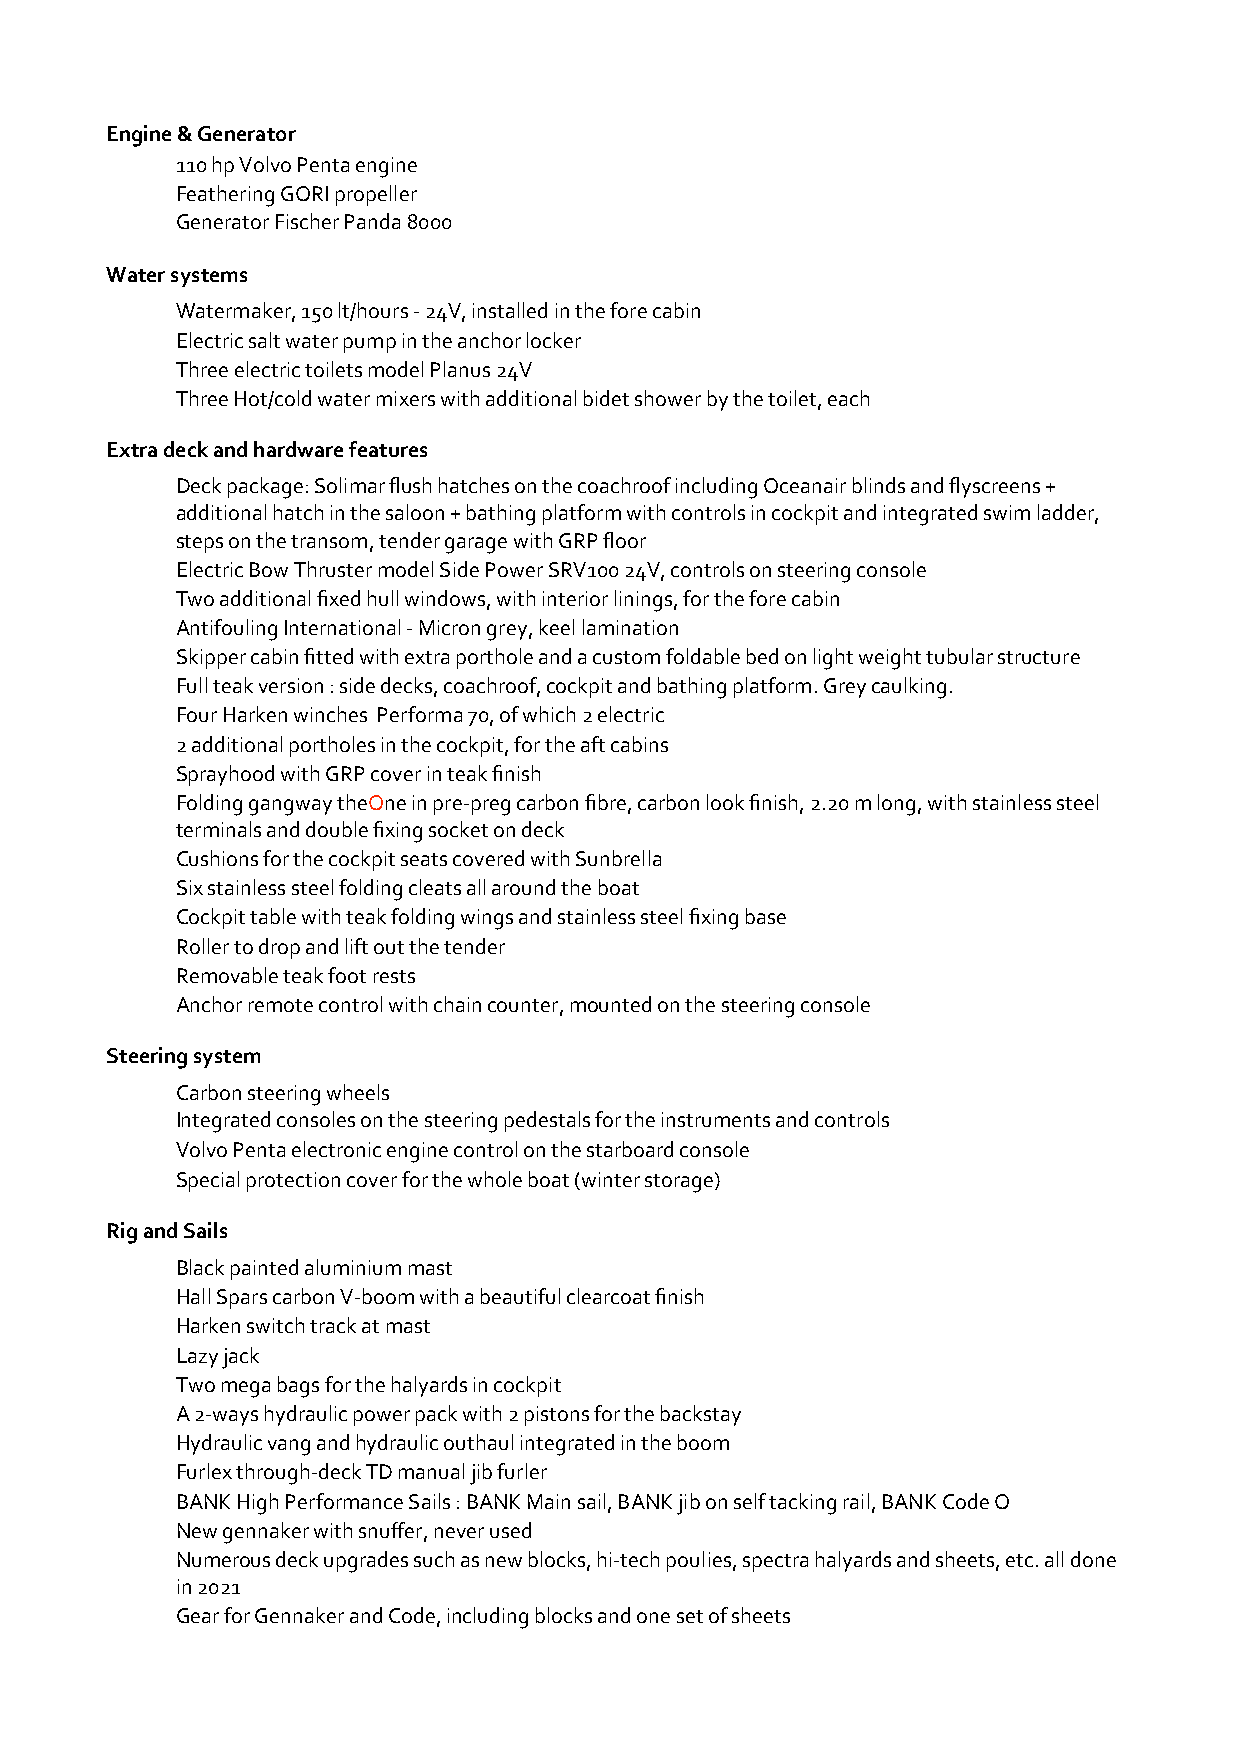
Engine & Generator
 110 hp Volvo Penta engine
 Feathering GORI propeller
 Generator Fischer Panda 8000
 Water systems
 Watermaker, 150 lt/hours - 24V, installed in the fore cabin
 Electric salt water pump in the anchor locker
 Three electric toilets model Planus 24V
 Three Hot/cold water mixers with additional bidet shower by the toilet, each
 Extra deck and hardware features
 Deck package: Solimar flush hatches on the coachroof including Oceanair blinds and flyscreens +
 additional hatch in the saloon + bathing platform with controls in cockpit and integrated swim ladder,
 steps on the transom, tender garage with GRP floor
 Electric Bow Thruster model Side Power SRV100 24V, controls on steering console
 Two additional fixed hull windows, with interior linings, for the fore cabin
 Antifouling International - Micron grey, keel lamination
 Skipper cabin fitted with extra porthole and a custom foldable bed on light weight tubular structure
 Full teak version : side decks, coachroof, cockpit and bathing platform. Grey caulking.
 Four Harken winches Performa 70, of which 2 electric
 2 additional portholes in the cockpit, for the aft cabins
 Sprayhood with GRP cover in teak finish
 Folding gangway theOne in pre-preg carbon fibre, carbon look finish, 2.20 m long, with stainless steel
 terminals and double fixing socket on deck
 Cushions for the cockpit seats covered with Sunbrella
 Six stainless steel folding cleats all around the boat
 Cockpit table with teak folding wings and stainless steel fixing base
 Roller to drop and lift out the tender
 Removable teak foot rests
 Anchor remote control with chain counter, mounted on the steering console
 Steering system
 Carbon steering wheels
 Integrated consoles on the steering pedestals for the instruments and controls
 Volvo Penta electronic engine control on the starboard console
 Special protection cover for the whole boat (winter storage)
 Rig and Sails
 Black painted aluminium mast
 Hall Spars carbon V-boom with a beautiful clearcoat finish
 Harken switch track at mast
 Lazy jack
 Two mega bags for the halyards in cockpit
 A 2-ways hydraulic power pack with 2 pistons for the backstay
 Hydraulic vang and hydraulic outhaul integrated in the boom
 Furlex through-deck TD manual jib furler
 BANK High Performance Sails : BANK Main sail, BANK jib on self tacking rail, BANK Code O
 New gennaker with snuffer, never used
 Numerous deck upgrades such as new blocks, hi-tech poulies, spectra halyards and sheets, etc. all done
 in 2021
 Gear for Gennaker and Code, including blocks and one set of sheets